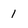
Character: 1